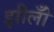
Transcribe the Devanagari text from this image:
झीलोँ